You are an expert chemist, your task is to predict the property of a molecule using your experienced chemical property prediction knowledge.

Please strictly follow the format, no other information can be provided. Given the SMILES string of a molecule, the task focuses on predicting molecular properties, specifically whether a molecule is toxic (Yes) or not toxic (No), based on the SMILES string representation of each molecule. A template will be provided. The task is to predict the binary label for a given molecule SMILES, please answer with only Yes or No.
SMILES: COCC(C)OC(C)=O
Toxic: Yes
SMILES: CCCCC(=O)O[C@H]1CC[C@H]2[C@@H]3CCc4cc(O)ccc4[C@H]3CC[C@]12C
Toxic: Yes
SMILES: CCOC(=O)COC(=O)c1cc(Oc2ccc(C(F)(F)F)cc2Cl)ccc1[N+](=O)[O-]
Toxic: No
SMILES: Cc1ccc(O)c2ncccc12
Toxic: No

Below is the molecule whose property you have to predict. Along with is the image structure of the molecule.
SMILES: Clc1ccc(Sc2cc(Cl)c(Cl)cc2Cl)cc1
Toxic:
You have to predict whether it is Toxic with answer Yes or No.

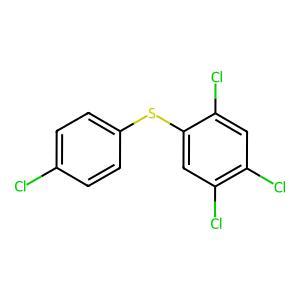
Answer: No